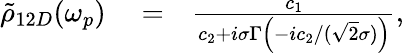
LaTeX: \begin{array}{rlr}{\tilde{\rho}_{12D}(\omega_{p})}&{{}=}&{\frac{c_{1}}{c_{2}+i\sigma\Gamma\left(-ic_{2}/(\sqrt{2}\sigma)\right)},}\end{array}